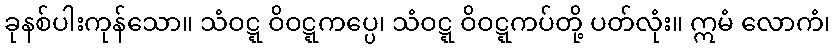
ခုနစ်ပါးကုန်သော။ သံဝဋ္ဋ ဝိဝဋ္ဋကပ္ပေ၊ သံဝဋ္ဋ ဝိဝဋ္ဋကပ်တို့ ပတ်လုံး။ ဣမံ လောကံ၊